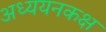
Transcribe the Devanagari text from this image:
अध्ययनकक्ष